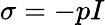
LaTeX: \sigma=-pI